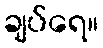
ချပ်ရေ။